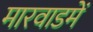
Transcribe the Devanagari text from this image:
मारवाडमें